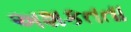
અશકતતા